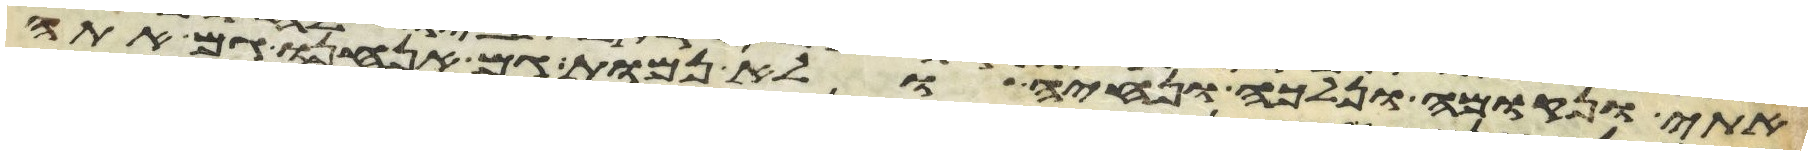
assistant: אתי ונקומה ונלכה ונחיה ולא נמות גם אנחנו גם אתה